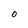
Character: 0